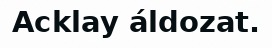
Acklay áldozat.